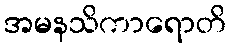
အမနသိကာရောတိ